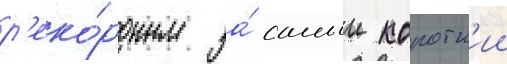
р'еко́рдным за́ самыи коротк'ии